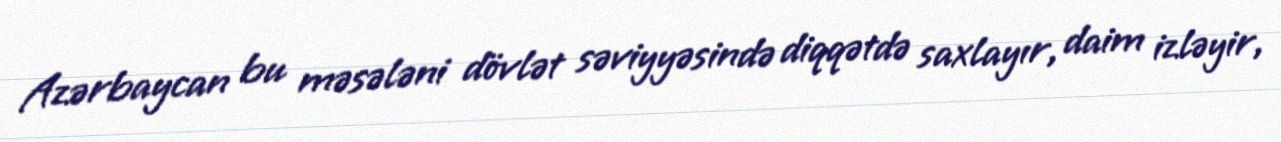
Azərbaycan bu məsələni dövlət səviyyəsində diqqətdə saxlayır, daim izləyir,